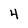
Character: 4